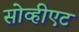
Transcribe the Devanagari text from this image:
सोव्हीएट